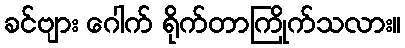
ခင်ဗျား ဂေါက် ရိုက်တာကြိုက်သလား။